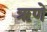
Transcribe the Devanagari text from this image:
ऋणे